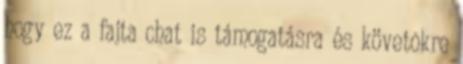
hogy ez a fajta chat is támogatásra és követõkre